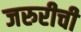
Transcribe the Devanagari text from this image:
जरुरीची